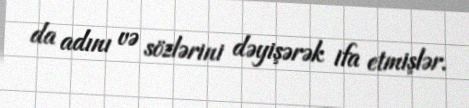
da adını və sözlərini dəyişərək ifa etmişlər.